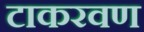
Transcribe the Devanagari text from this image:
टाकरवण